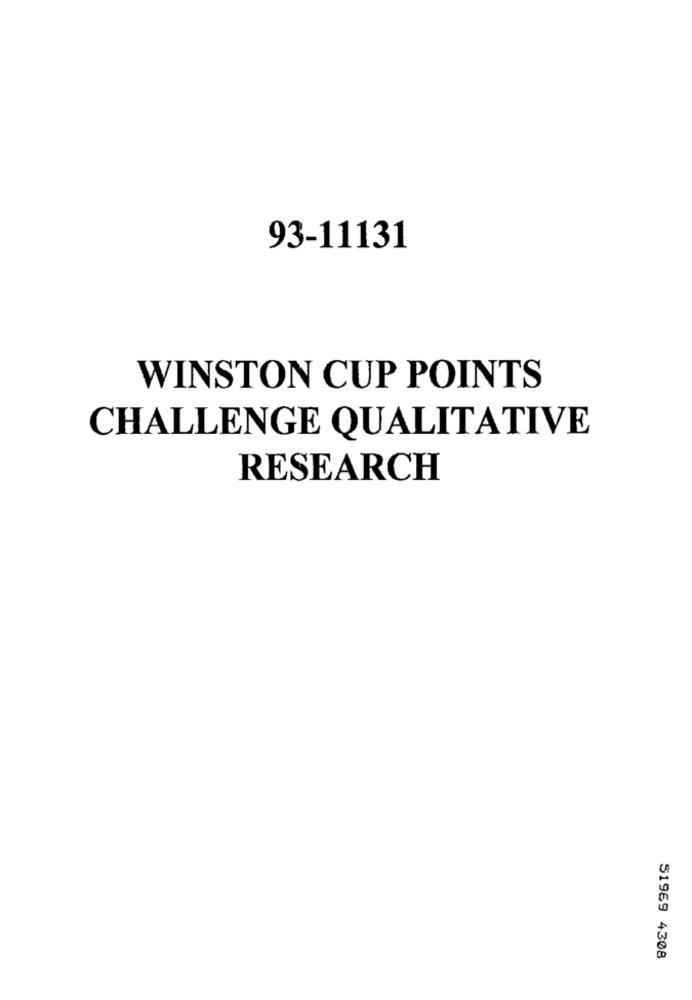
93-11131
WINSTON CUP POINTS
CHALLENGE QUALITATIVE
RESEARCH
51969 4308